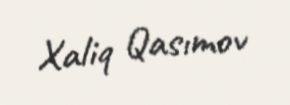
Xaliq Qasımov